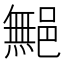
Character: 𲆜